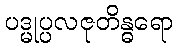
ပဒ္မုပ္ပလဇုတိန္ဓရော